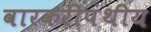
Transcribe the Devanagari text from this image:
वारकरीपंथीय